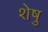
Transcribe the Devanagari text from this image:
शेषु